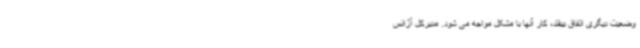
وضعیت دیگری اتفاق بیفتد، کار آنها با مشکل مواجه می ‌شود. مدیرکل آژانس